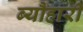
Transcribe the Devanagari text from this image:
ब्यौहारी